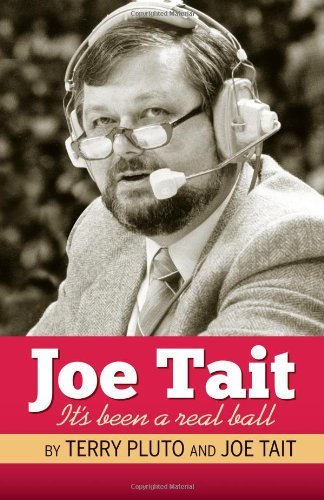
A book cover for Joe Tait Its Been a Real Ball Stories from a Hall of Fame Sports Broadcasting Career by Pluto, Terry [Gray & Company, Publishers,2011] (Paperback); Sports & Outdoors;